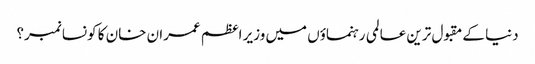
دنیا کے مقبول ترین عالمی رہنماؤں میں وزیر اعظم عمران خان کا کونسا نمبر؟